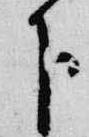
下